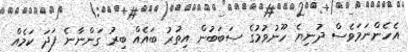
އެހެންނަމަވެސް ދުނިޔެ ހޫނުވުމުގެ ސަބަބުން އިތުރު ބައެއް ބިރު ގަންނާނެ ފަދަ ކަމެއް